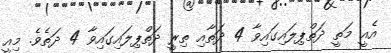
އެއީ މަތީ ދަތްޕިލައިގައިވާ 4 ދަތާއި ތިރީ ދަތްޕިލައިގައިވާ 4 ދަތެވެ. މިއީ